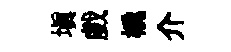
塡戲橇介